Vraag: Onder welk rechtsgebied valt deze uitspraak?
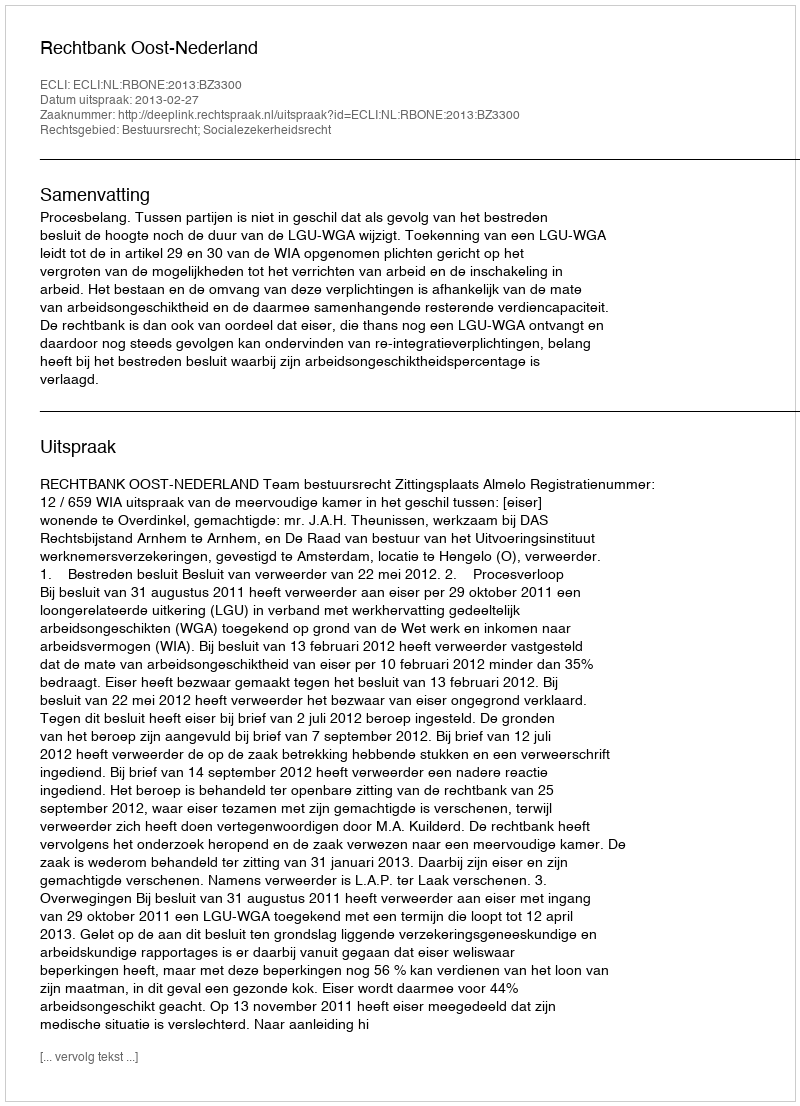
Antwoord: Bestuursrecht; Socialezekerheidsrecht